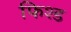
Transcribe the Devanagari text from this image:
फिश्ड